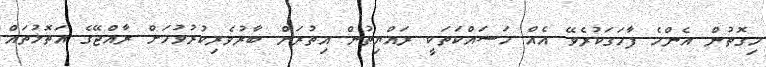
މިގޮތުން އެންމެ ފާހަގަކުރެވޭ އެއް މަސައްކަތަކީ ރައްޔިތުން އިތުރަށް ބާރުވެރިކުރުވުމަށް ރާއްޖޭގެ އަތޮޅުތައް